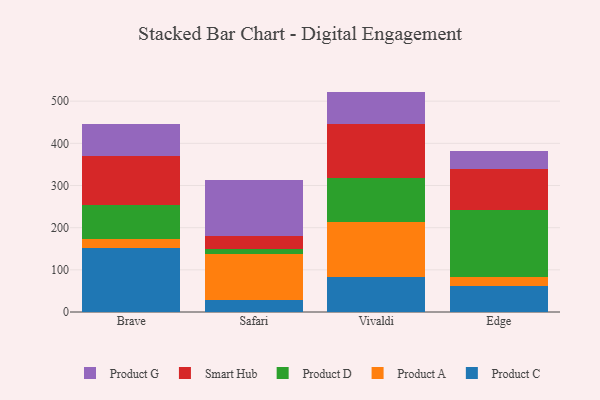
{"axis": {"x": "Browser", "y": "Net Income (USD K)"}, "legend": ["Product A", "Product C", "Product D", "Product G", "Smart Hub"], "data": [{"x": "Brave", "y": 151.9, "type": "Product C"}, {"x": "Brave", "y": 22.2, "type": "Product A"}, {"x": "Brave", "y": 79.3, "type": "Product D"}, {"x": "Brave", "y": 117.0, "type": "Smart Hub"}, {"x": "Brave", "y": 75.4, "type": "Product G"}, {"x": "Safari", "y": 27.5, "type": "Product C"}, {"x": "Safari", "y": 110.9, "type": "Product A"}, {"x": "Safari", "y": 11.4, "type": "Product D"}, {"x": "Safari", "y": 31.5, "type": "Smart Hub"}, {"x": "Safari", "y": 131.9, "type": "Product G"}, {"x": "Vivaldi", "y": 83.6, "type": "Product C"}, {"x": "Vivaldi", "y": 129.8, "type": "Product A"}, {"x": "Vivaldi", "y": 105.2, "type": "Product D"}, {"x": "Vivaldi", "y": 126.8, "type": "Smart Hub"}, {"x": "Vivaldi", "y": 77.3, "type": "Product G"}, {"x": "Edge", "y": 61.5, "type": "Product C"}, {"x": "Edge", "y": 22.7, "type": "Product A"}, {"x": "Edge", "y": 158.5, "type": "Product D"}, {"x": "Edge", "y": 96.4, "type": "Smart Hub"}, {"x": "Edge", "y": 43.5, "type": "Product G"}]}